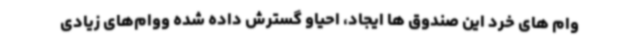
وام های خرد این صندوق ها ایجاد، احیاو گسترش داده شده ووام‌های زیادی